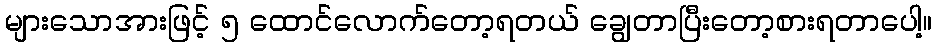
များသောအားဖြင့် ၅ ထောင်လောက်တော့ရတယ် ချွေတာပြီးတော့စားရတာပေါ့။